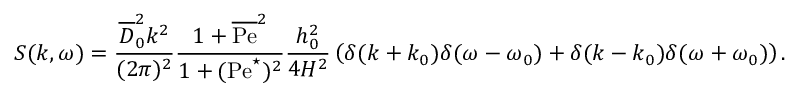
S ( k , \omega ) = \frac { \overline { { D } } _ { 0 } ^ { 2 } k ^ { 2 } } { ( 2 \pi ) ^ { 2 } } \frac { 1 + \overline { { \mathrm { P e } } } ^ { 2 } } { 1 + ( \mathrm { P e } ^ { \star } ) ^ { 2 } } \frac { h _ { 0 } ^ { 2 } } { 4 H ^ { 2 } } \left( \delta ( k + k _ { 0 } ) \delta ( \omega - \omega _ { 0 } ) + \delta ( k - k _ { 0 } ) \delta ( \omega + \omega _ { 0 } ) \right) .